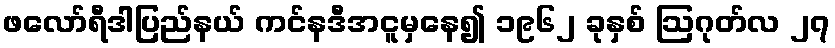
ဖလော်ရီဒါပြည်နယ် ကင်နဒီအငူမှနေ၍ ၁၉၆၂ ခုနှစ် ဩဂုတ်လ ၂၇